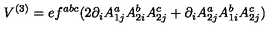
V ^ { ( 3 ) } = e f ^ { a b c } ( 2 \partial _ { i } A _ { 1 j } ^ { a } A _ { 2 i } ^ { b } A _ { 2 j } ^ { c } + \partial _ { i } A _ { 2 j } ^ { a } A _ { 1 i } ^ { b } A _ { 2 j } ^ { c } )